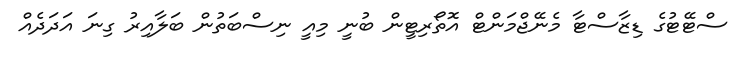
ސްޓޭޓުގެ ޑިޒާސްޓާ މެނޭޖްމަންޓް އޮތޯރިޓީން ބުނީ މިއީ ނިސްބަތުން ބަލާއިރު ގިނަ އަދަދެއް